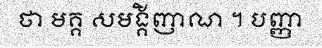
ថា មគ្គ សមង្គិញាណ ។ បញ្ញា